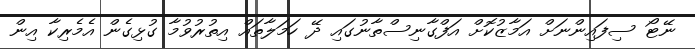
ނޭޓޯ ސިފައިންނަށް އަމާޒުކޮށް އަފްގާނިސްތާނުގައި ދޭ ހަމަލާތައް އިތުރުވުމާ ގުޅިގެން އެމެރިކާ އިން